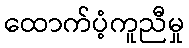
ထောက်ပံ့ကူညီမှု